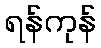
ရန်ကုန်